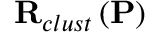
\mathbf { R } _ { c l u s t } \left( \mathbf { P } \right)